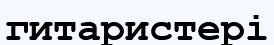
гитаристері